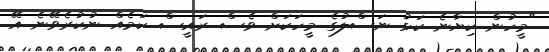
"މީހުން ކިޔާނެ ކަޅު ނަސްލުގެ މީހަކަށް ވެސް ރައީސް ކަމެއް ނުކުރެވޭނެ އޭ.